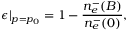
\epsilon | _ { p = p _ { 0 } } = 1 - \frac { n _ { e } ^ { - } ( B ) } { n _ { e } ^ { - } ( 0 ) } ,